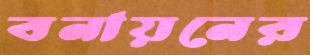
বনায়নের